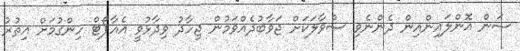
ސަން އޮންލައިންއިން ދެންނެވި ސުވާލަކަށް ޖަވާބުދެއްވަމުން ޖިހާދު ވިދާޅުވީ އެއާޕޯޓް ހިންގުމަށް އިތުރު